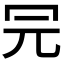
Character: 𠕻